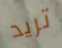
تريد